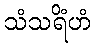
သံသရိံဟံ